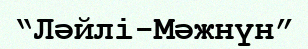
“Ләйлі-Мәжнүн”